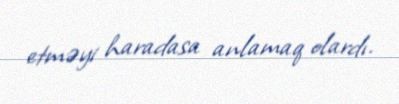
etməyi haradasa anlamaq olardı.